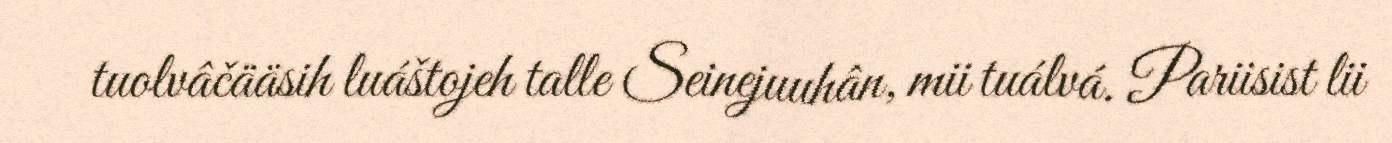
tuolvâčääsih luáštojeh talle Seinejuuhân, mii tuálvá. Pariisist lii